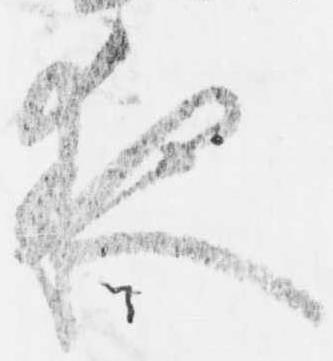
夜